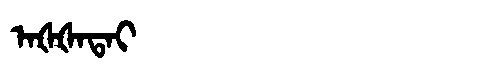
Manchu: ᠠᡧᡧᠠᡨᠠᡳ
Romanization: AŠŠATAI